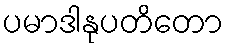
ပမာဒါနုပတိတော